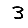
Digit: 3